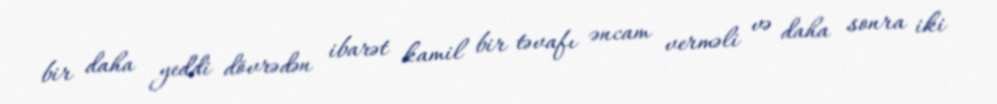
bir daha yeddi dövrədən ibarət kamil bir təvafı əncam verməli və daha sonra iki